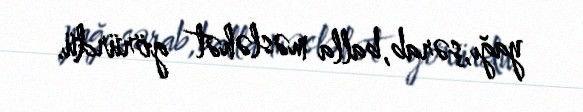
yağı,şərab,balla məsləhət görürdü.